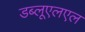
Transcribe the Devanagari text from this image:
डब्लूएलएल